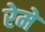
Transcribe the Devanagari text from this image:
रेमे